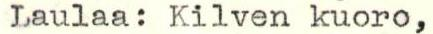
Laulaa: Kilven kuoro,